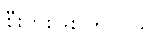
စီးပွားဖြစ်ကြတယ်။